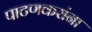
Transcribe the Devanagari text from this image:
पाटणकरांना